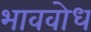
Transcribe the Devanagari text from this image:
भाववोध